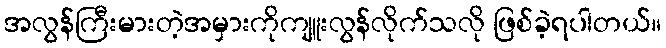
အလွန်ကြီးမားတဲ့အမှားကိုကျူးလွန်လိုက်သလို ဖြစ်ခဲ့ရပါတယ်။